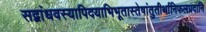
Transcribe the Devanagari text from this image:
सद्बांधवस्यापिदयाभिभूतास्तेषांतुतीर्थानिफलप्रदानि